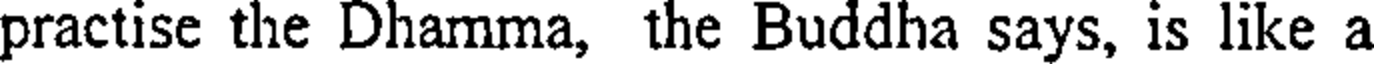
practise the Dhamma, the Buddha says, is like a